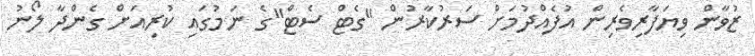
ޒުވާން ވިޔަފާރިވެރިން އުފެއްދުމަށް ސަރުކާރުން "ގެޓް ސެޓް"ގެ ނަމުގައި ކުރިއަށް ގެންދާ ލޯނު